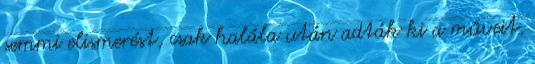
semmi elismerést, csak halála után adták ki a műveit.